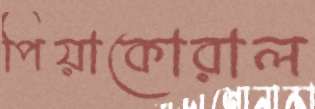
পিয়াকোরাল